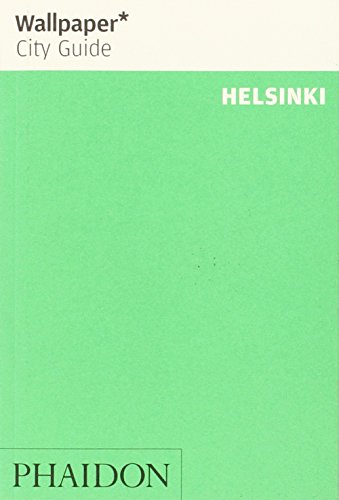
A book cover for Wallpaper* City Guide Helsinki 2014; Travel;